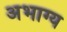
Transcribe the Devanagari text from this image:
अभाग्य